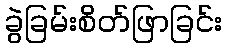
ခွဲခြမ်းစိတ်ဖြာခြင်း